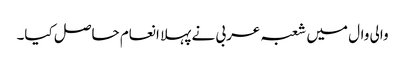
والی وال میں شعبہ عربی نے پہلا انعام حاصل کیا۔